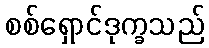
စစ်ရှောင်ဒုက္ခသည်